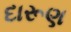
દારૂણ